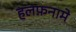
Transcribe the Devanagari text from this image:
हलफ़नामे